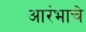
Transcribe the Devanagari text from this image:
आरंभाचे